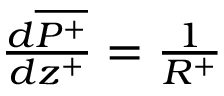
\begin{array} { r } { \frac { d \overline { { P ^ { + } } } } { d z ^ { + } } = { \frac { 1 } { R ^ { + } } } } \end{array}